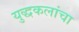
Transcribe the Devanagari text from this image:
युद्धकलांचा